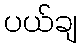
ပယ်ချ